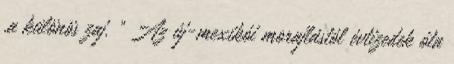
.a különös zaj. " Az új-mexikói morajlástól évtizedek óta